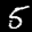
Label: 5